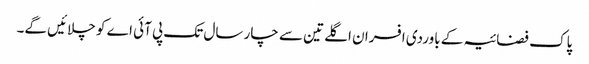
پاک فضائیہ کے باوردی افسران اگلے تین سے چار سال تک پی آئی اے کو چلائیں گے۔